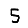
Digit: 5